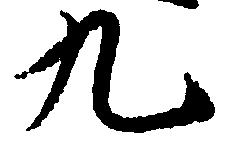
九